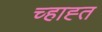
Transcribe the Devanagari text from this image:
च्हाह्त